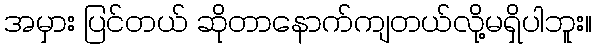
အမှား ပြင်တယ် ဆိုတာနောက်ကျတယ်လို့မရှိပါဘူး။